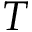
T